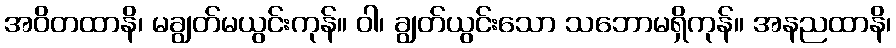
အဝိတထာနိ၊ မချွတ်မယွင်းကုန်။ ဝါ၊ ချွတ်ယွင်းသော သဘောမရှိကုန်။ အနညထာနိ၊